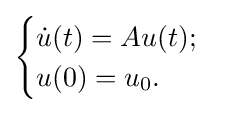
{\begin{cases}{\dot {u}}(t)=Au(t);\\u(0)=u_{0}.\end{cases}}